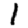
Digit: 1